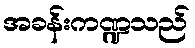
အခန်းကဏ္ဍသည်